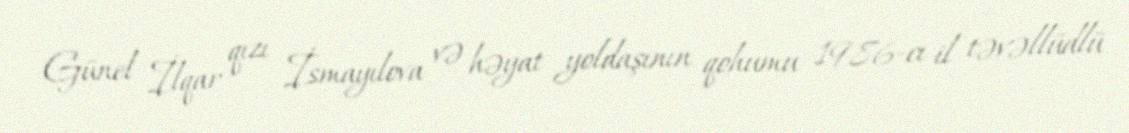
Günel İlqar qızı İsmayılova və həyat yoldaşının qohumu 1986-cı il təvəllüdlü